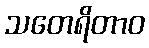
သတေရိတာဝ